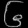
Digit: ၆